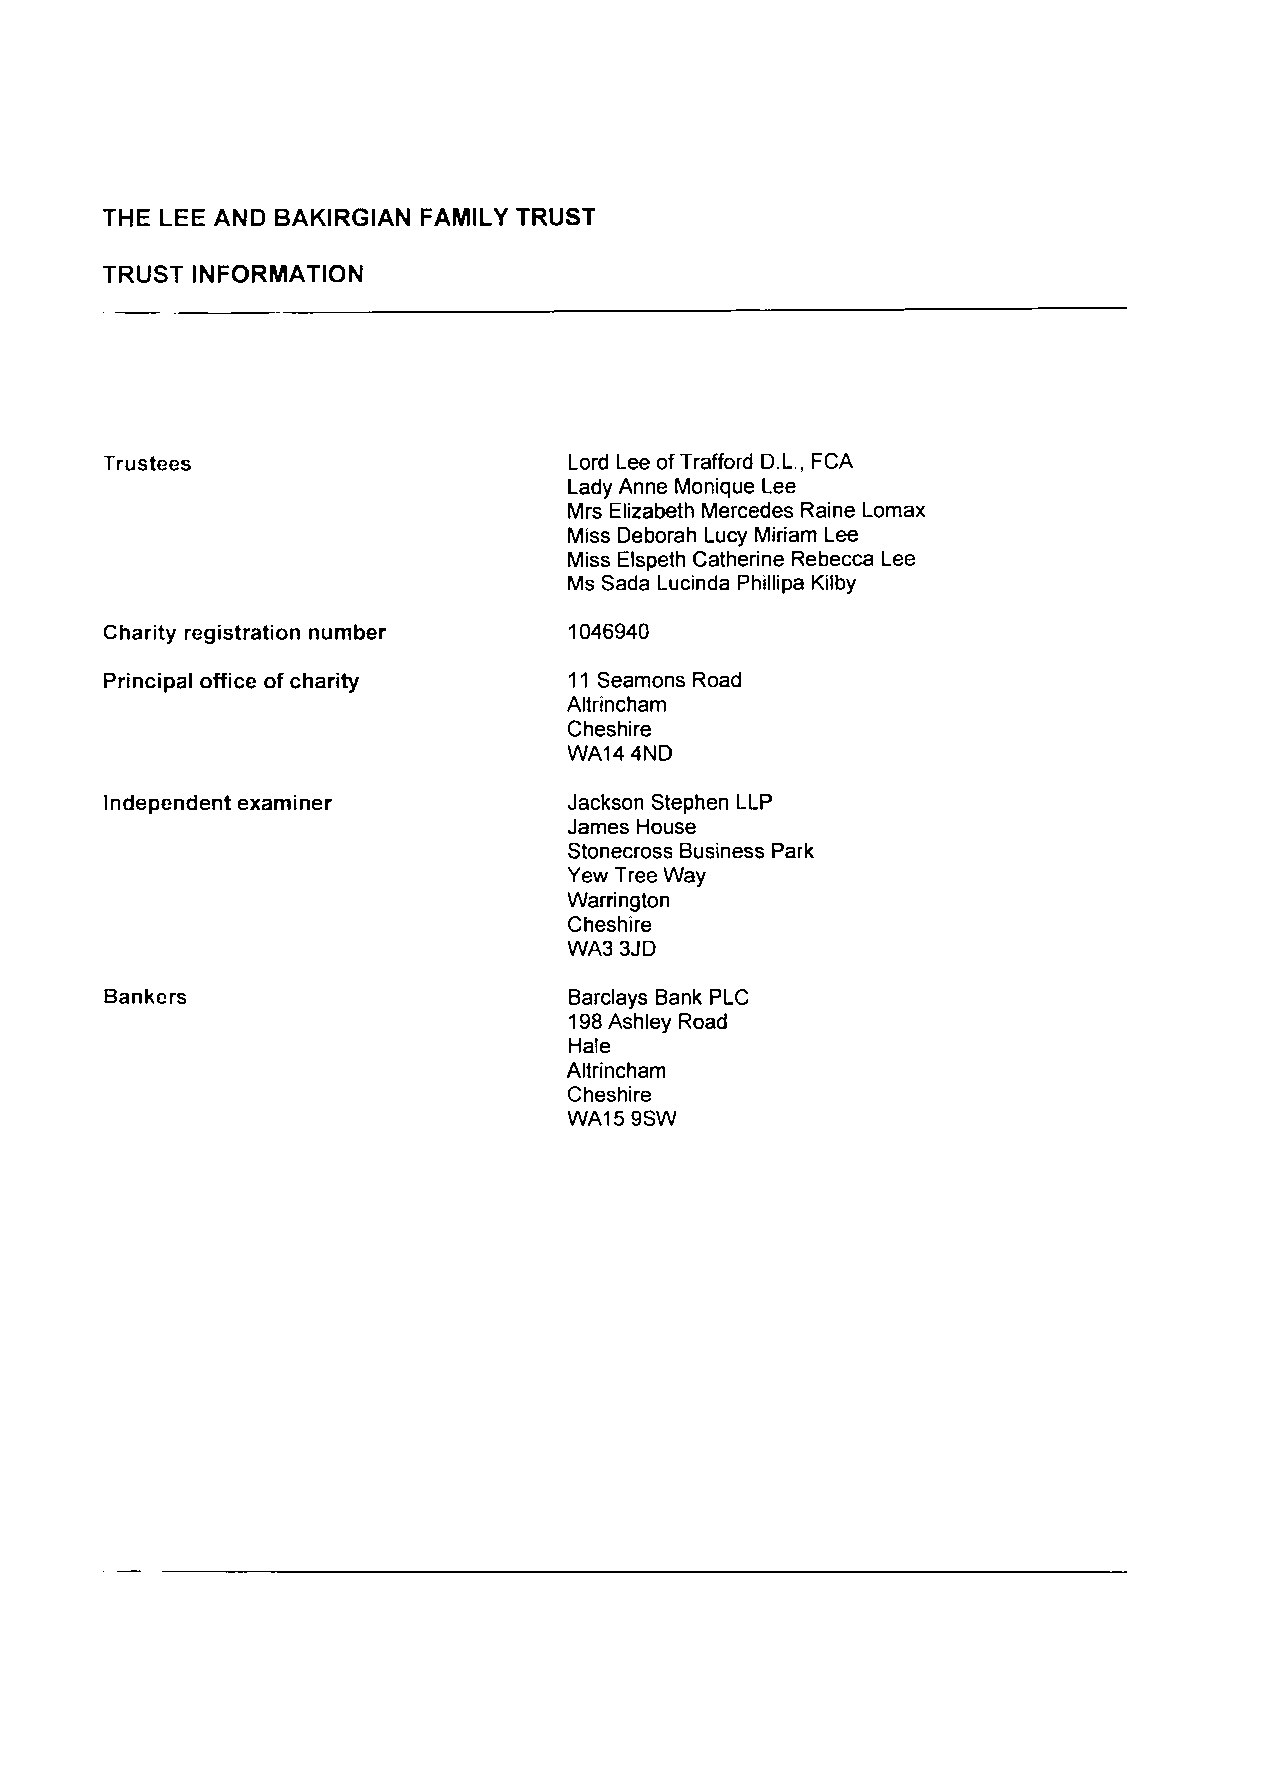
THE LEE AND BAKIRGIAN FAMILY TRUST
 TRUST INFORMATION
 Trustees                       Lord Lee of Trafford D.L., FCA
 Lady Anne Monique Lee
 Mrs Elizabeth Mercedes Raine Lomax
 Miss Deborah Lucy Miriam Lee
 Miss Elspeth Catherine Rebecca Lee
 Ms Sada Lucinda Phillipa Kilby
 Charity registration number   1046940
 Principal office of charity    11 Seamons Road
 Altrincham
 Cheshire
 WA14 4ND
 Independent examiner           Jackson Stephen LLP
 James House
 Stonecross Business Park
 Yew Tree Way
 Warrington
 Cheshire
 WA3 3JD
 Bankers                        Barclays Bank PLC
 198 Ashley Road
 Hale
 Altrincham
 Cheshire
 WA15 9SW